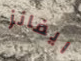
ايفانز